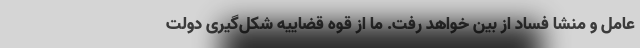
عامل و منشا فساد از بین خواهد رفت. ما از قوه قضاییه شکل‌گیری دولت